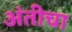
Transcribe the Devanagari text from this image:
अंतीचा